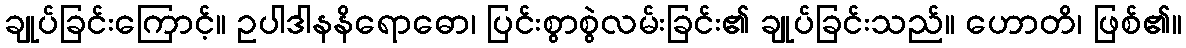
ချုပ်ခြင်းကြောင့်။ ဥပါဒါနနိရောဓော၊ ပြင်းစွာစွဲလမ်းခြင်း၏ ချုပ်ခြင်းသည်။ ဟောတိ၊ ဖြစ်၏။